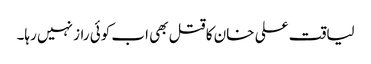
لیاقت علی خان کا قتل بھی اب کوئی راز نہیں رہا۔